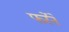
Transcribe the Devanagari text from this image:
फर्रेने